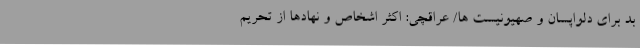
بد برای دلواپسان و صهیونیست ها/ عراقچی: اکثر اشخاص و نهادها از تحریم